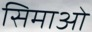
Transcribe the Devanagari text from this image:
सिमाओ